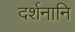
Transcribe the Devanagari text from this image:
दर्शनानि